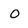
Character: O